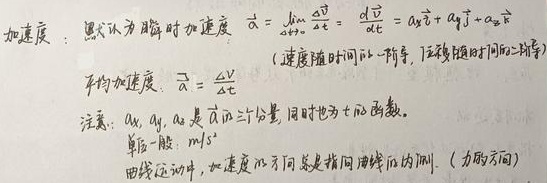
加速度：默认为瞬时加速度 \(\vec{a}=\lim_{\Delta t \to 0}\frac{\Delta\vec{v}}{\Delta t}=\frac{d\vec{v}}{dt}=a_x\vec{i}+a_y\vec{j}+a_z\vec{k}\)

平均加速度：\(\vec{\bar{a}}=\frac{\Delta\vec{v}}{\Delta t}\) （速度随时间的一阶导，位移随时间的二阶导）

注意：\(a_x,a_y,a_z\) 是 \(\vec{a}\) 的三个分量，同时也是 \(t\) 的函数。单位一般：\(m/s^2\)

曲线运动中，加速度方向总是指向曲线的内侧。（力的方向）